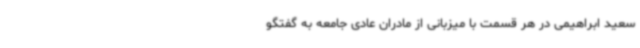
سعید ابراهیمی در هر قسمت با میزبانی از مادران عادی جامعه به گفتگو